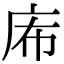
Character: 𢇴